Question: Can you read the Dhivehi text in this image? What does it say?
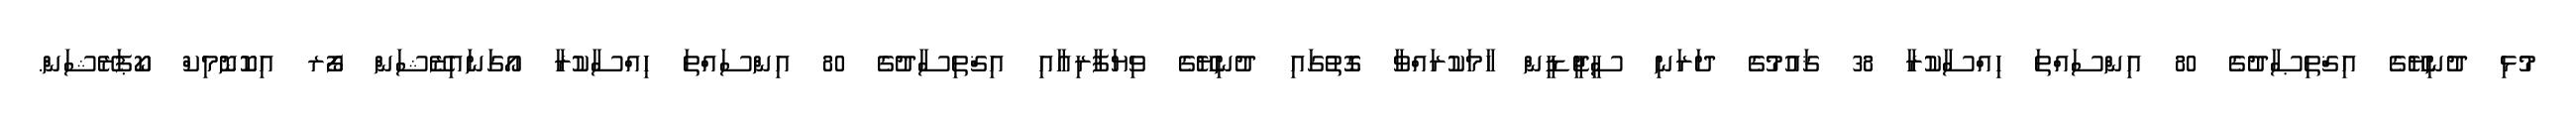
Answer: މުޅި ދުނިޔޭގެ އިޤްތިޞާދުގެ 80 އިންސައްތަ ހިއްސާކުރާ 38 ޤައުމުގެ ދަރަނި ސީޖީޑީން ހާމަކުރައްވާ ގޮތުގައި ދުނިޔޭގެ ވިޔަފާރިއާއި އިޤްތިސާދުގެ 80 އިންސައްތަ ހިއްސާކުރާ އޯގަނައިޒޭޝަން ފޯރ އިކޮނޮމިކް ކޯޕަރޭޝަން.